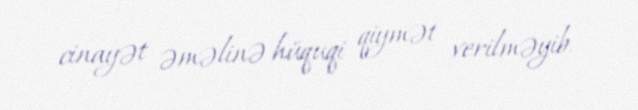
cinayət əməlinə hüquqi qiymət verilməyib.